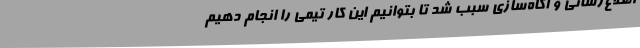
اطلاع‌رسانی و آگاه‌سازی سبب شد تا بتوانیم این کار تیمی را انجام دهیم